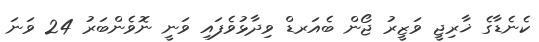
ކެނެޑާގެ ޚާރިޖީ ވަޒީރު ޖޯން ބެއަރޑް ވިދާޅުވެފައި ވަނީ ނޮވެންބަރު 24 ވަނަ